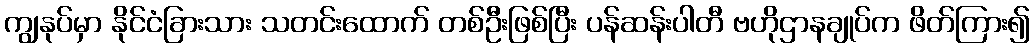
ကျွနုပ်မှာ နိုင်ငံခြားသား သတင်းထောက် တစ်ဦးဖြစ်ပြီး ပန်ဆန်းပါတီ ဗဟိုဌာနချုပ်က ဖိတ်ကြား၍